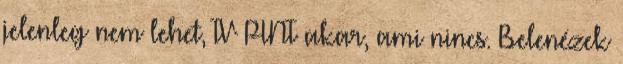
jelenleg nem lehet, TV PINT akar, ami nincs. Belenézek